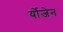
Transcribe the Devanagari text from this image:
र्योजेन